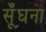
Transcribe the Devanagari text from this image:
सूँघना